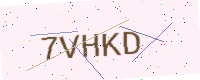
Text: 7VHKD